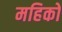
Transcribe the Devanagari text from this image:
महिको